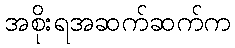
အစိုးရအဆက်ဆက်က